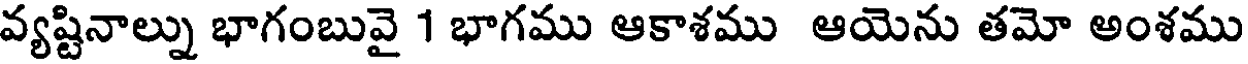
వ్యష్టినాల్ను భాగంబువై 1 భాగము ఆకాశము ఆయెను తమో అంశము